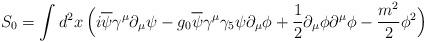
LaTeX: \begin{align*}S_0 = \int d^2 x \,\Big( i\overline\psi \gamma^\mu \partial_\mu \psi - g_0 \overline\psi \gamma^\mu \gamma_5 \psi \partial_\mu \phi + {1\over 2} \partial_\mu \phi \partial^\mu \phi - {m^2\over 2} \phi^2 \Big)\end{align*}